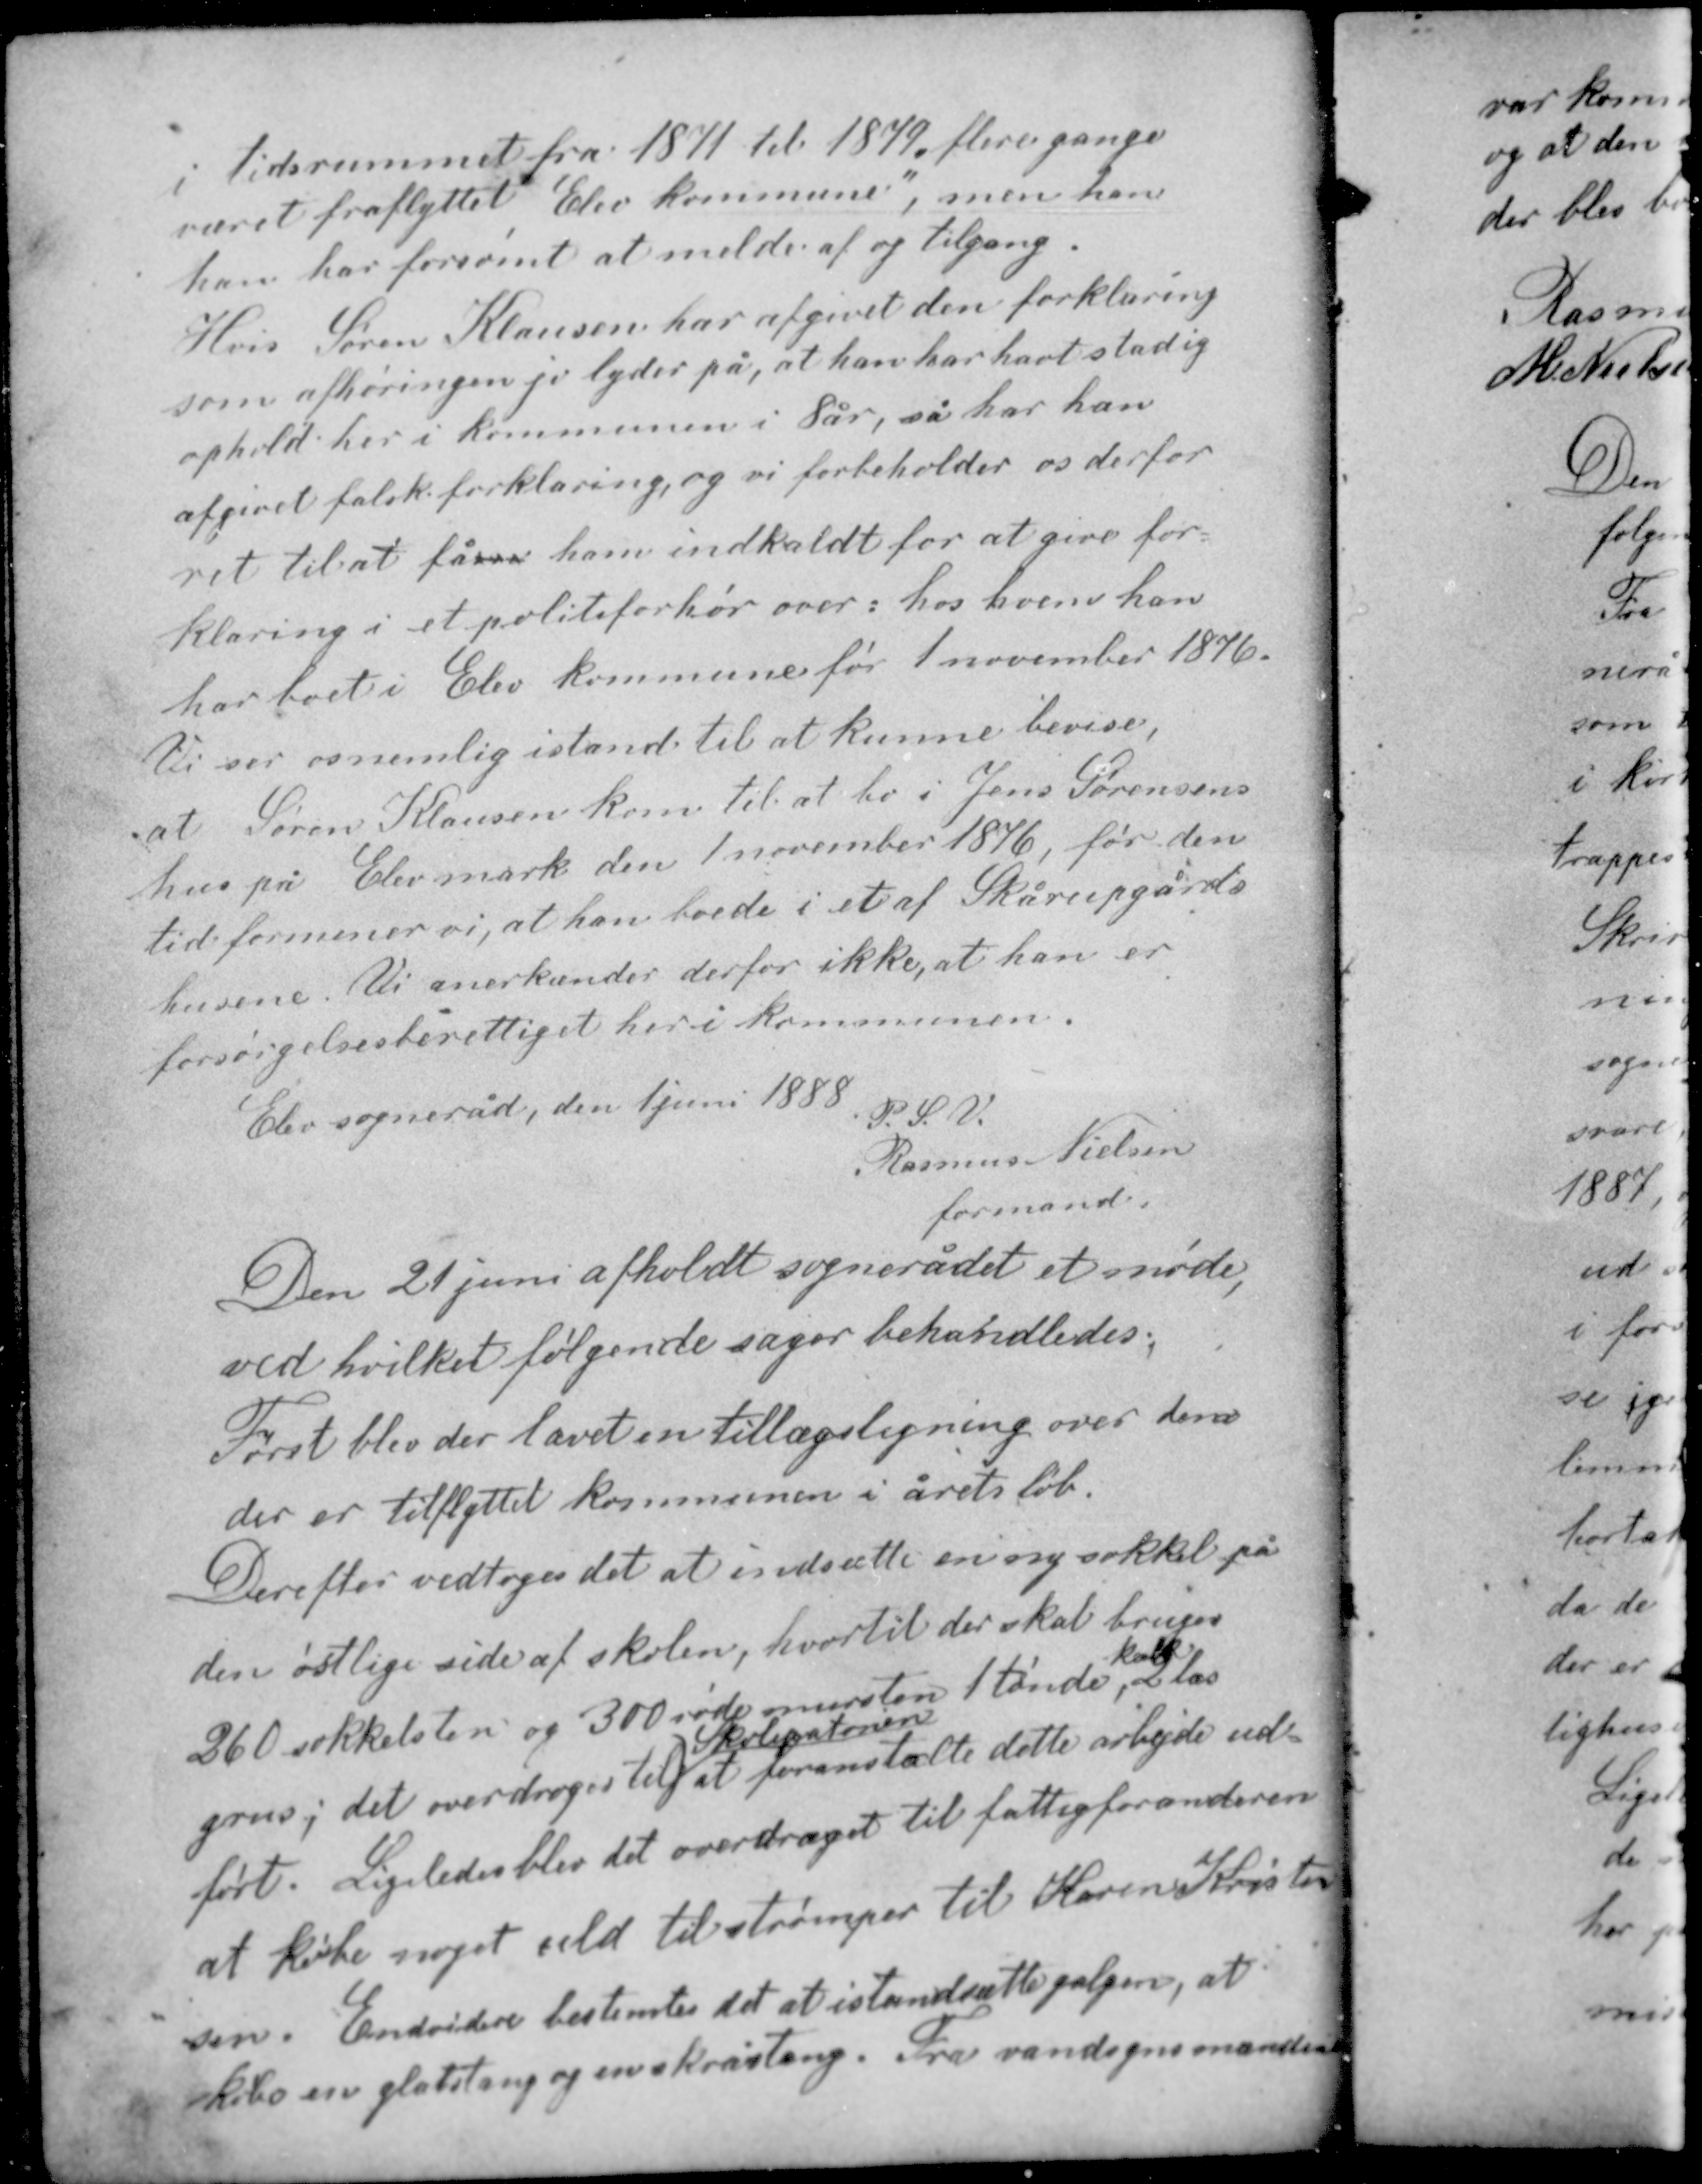
Transskription:
i tidsrummet fra 1874 til 1879 flere gange
været fraflyttet "Elev kommune", men han
han har forsømt at melde af og tilgang.
Hvis Søren Klausen har afgivet den forklaring
som afhøringen jo lyder på, at han har havt stadig
ophold her i kommunen i 8 år, så har han
afgivet falsk forklaring og vi forbeholder os derfor
ret til at fårrr ham indkaldt for at give for-
klaring i et politiforhør over: hos hvem han
har boet i Elev kommune før 1 november 1876.

Vi ser os nemlig istand til at kunne bevise,
at Søren Klausen kom til at bo i Jens Sørensens
hus på Elev mark den 1 november 1876, før den
tid formener vi, at han boede i et af Skårupgårds
husene. Vi anerkender derfor ikke, at han er
forsørgelsesberettiget her i kommunen.

Elev sogneråd, den 1 juni 1888 P. S. V.
Rasmus Nielsen
formand

Den 21 juni afholdt sognerådet et møde,
ved hvilket følgende sager behandledes;
Først blev der lavet en tillægsligning over dem
der er tilflyttet kommunen i årets løb.

Derefter vedtoges det at indsætte en ny sokkel på
den østlige side af skolen, hvortil der skal bruges
kalk
260 sokkelsten og 300 røde mursten 1 tønde, 2 læs
Skolepatronen
grus; det overdroges til at foranstalte dette arbejde ud-
ført. Ligeledes blev det overdraget til fattigforanderen
at købe noget uld til strømper til Karen Kristen-
sen. Endvidere bestemtes det at istandsætte galgen, at
købe en glatstang og en skråstang. Fra vandsynsmændene